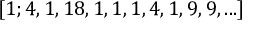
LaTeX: [ 1 ; 4 , 1 , 1 8 , 1 , 1 , 1 , 4 , 1 , 9 , 9 , . . . ]